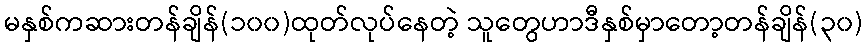
မနှစ်ကဆားတန်ချိန်(၁၀၀)ထုတ်လုပ်နေတဲ့ သူတွေဟာဒီနှစ်မှာတော့တန်ချိန်(၃၀)